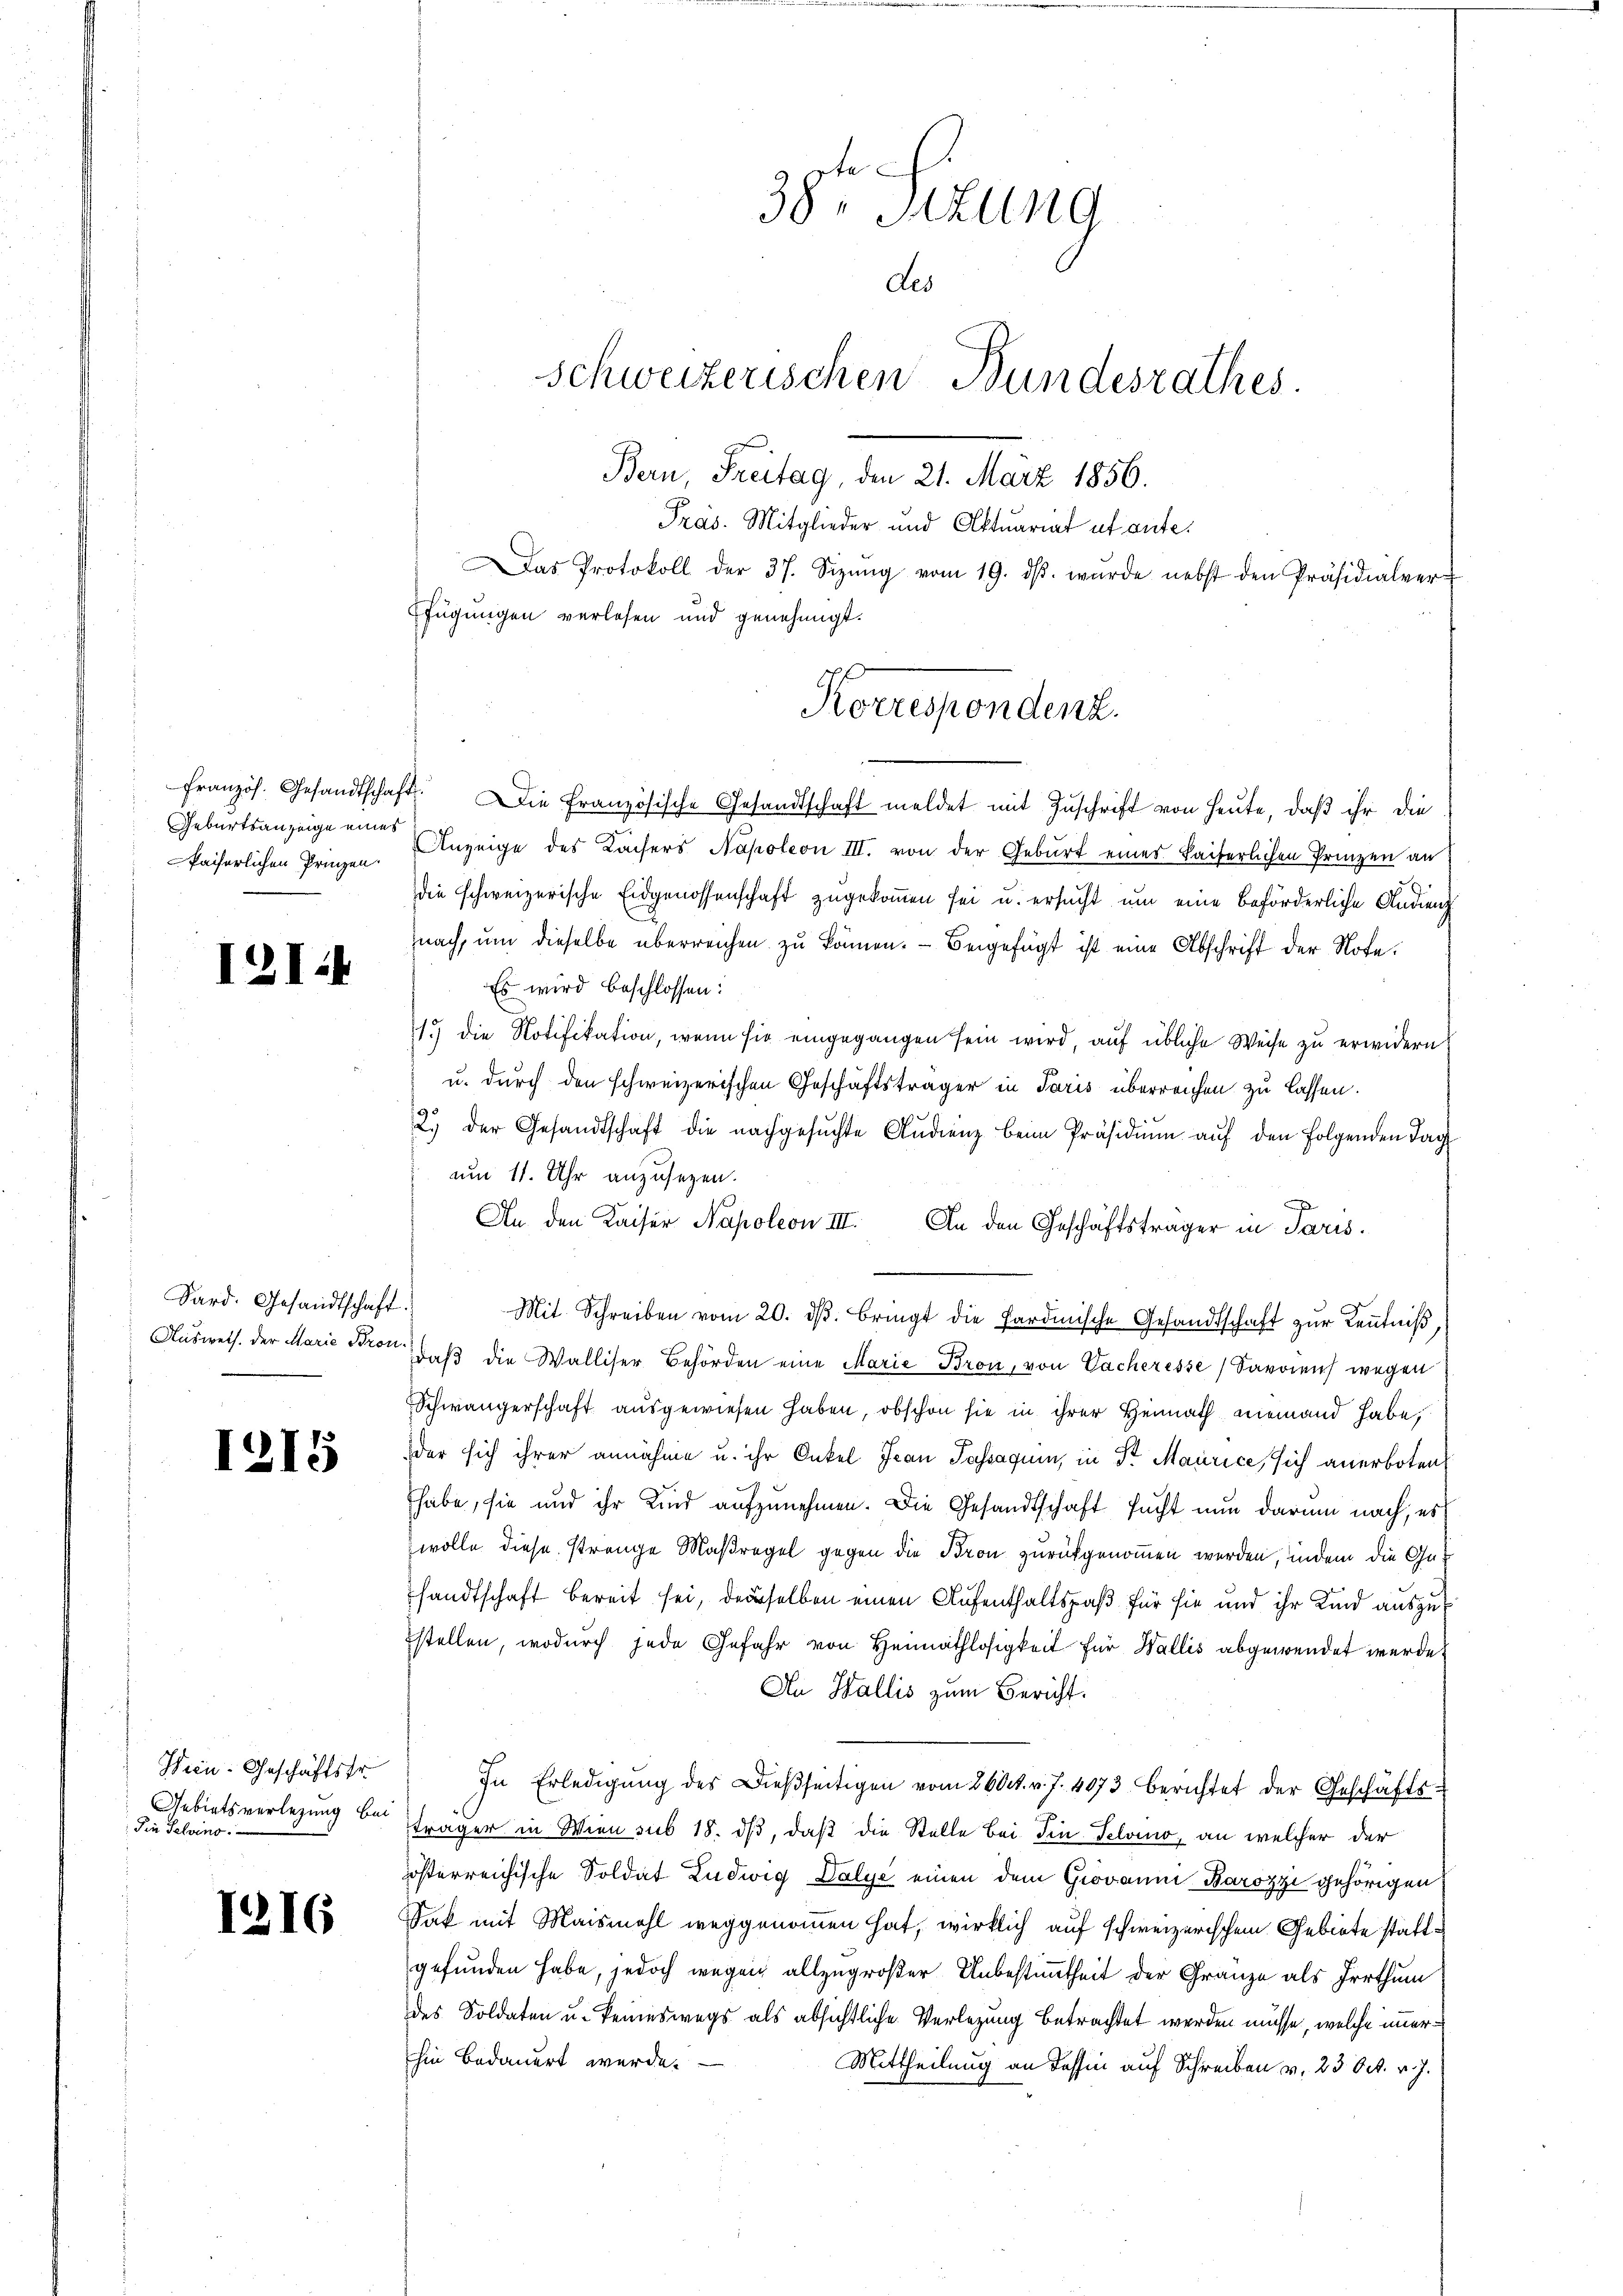
Geburtsanzeige eines
faiserlichen Prinzen.

I2I

Sard. Gesandtschaft.
Ausweis, der Marie Bron

1215

Hein. Geschäftstr
Gebietsverlegung bei
Die Selvins

1216

sch.
38. Sitzung
des
Schweizerischen Bundesrathes.
Bern, Freitag, den 21. März 1856.
Pras. Mitglieder und Aktuariat ut ante.
Das Protokoll der 37. Sizŭng vom 19. dβ. wurde nebst den Präsidialver-
fügungen verlesen und genehmigt.

Korrespondenz.

französ. Gesandtschaft. Die Französische Gesandtschaft meldet mit Zŭschrift von Heute, daß ihr die
Anzeige des Kaisers Napoleon III. von der Geburt eines Kaiserlichen Prinzen an
die schweizerische Eidgenossenschaft zugekommen sei u. ersucht um eine beförderliche Andenz
nach, um dieselbe überreichen zu können. — Beigefügt ist eine Abschrift der Note.
Es wird beschlossen:
1.) die Notifikation, wenn sie eingegangen sein wird, auf übliche Weise zu erwidern
u. durch den schweizerischen Geschäftsträger in Paris überreichen zu lassen.
2.) der Gesandtschaft die nachgesŭchte Audienz beim Präsidiŭm aŭf den folgenden Tag
um 11. Uhr anzusehen.
An den Kaiser Napoleon III. An den Geschäftsträger in Paris.
Mit Schreiben vom 20. dβ. bringt die Sardinische Gesandtschaft zŭr Kenntniß,
daß die Walliser Behörden eine Marie Bron, von Vacheresse Savoiens wegen
Schwängerschaft ausgewiesen haben, obschon sie in ihrer Heimath niemand habe,
der sich ihrer annähme u. ihr Onkel Jean Passaquin, in Dr. Maurice, sich anerboten
habe, sie und ihr Kind aufzunehmen. Die Gesandtschaft sucht nun darum nach, es
wolle diese strenge Maßregel gegen die Baron zurückgenommen werden, indem die Gut
sandtschaft bereit sei, derselben einen Aufenthaltspaß für sie und ihr Kind auszustellen, wodurch jede Gefahr von Heimathlosigkeit für Wallis abgewendet werde.
An Wallis zum Bericht.
In Erledigŭng des Dieβseitigen vom 260. v. J. 4073 berichtet der Geschäfts-
träger in Wien sub 18. ds, daß die Stelle bei in Felvio, an welcher der
österreichische Soldat Ludwig Dalye einen dem Giovanni, Barozzi gehörigen
Jak mit Maismahl weggenommen hat, wirklich auf schweizerischem Gebiete stattgefunden habe, jedoch wegen allzugroßer Unbestimmtheit der Gränze als Irrthum
des Soldaten u. keineswegs als absichtliche Verlegung betrachtet werden müsse, welche immer
hin bedauert werde.
Mittheilung an dessin auf Schreiben v. 23 Oct. v. J.